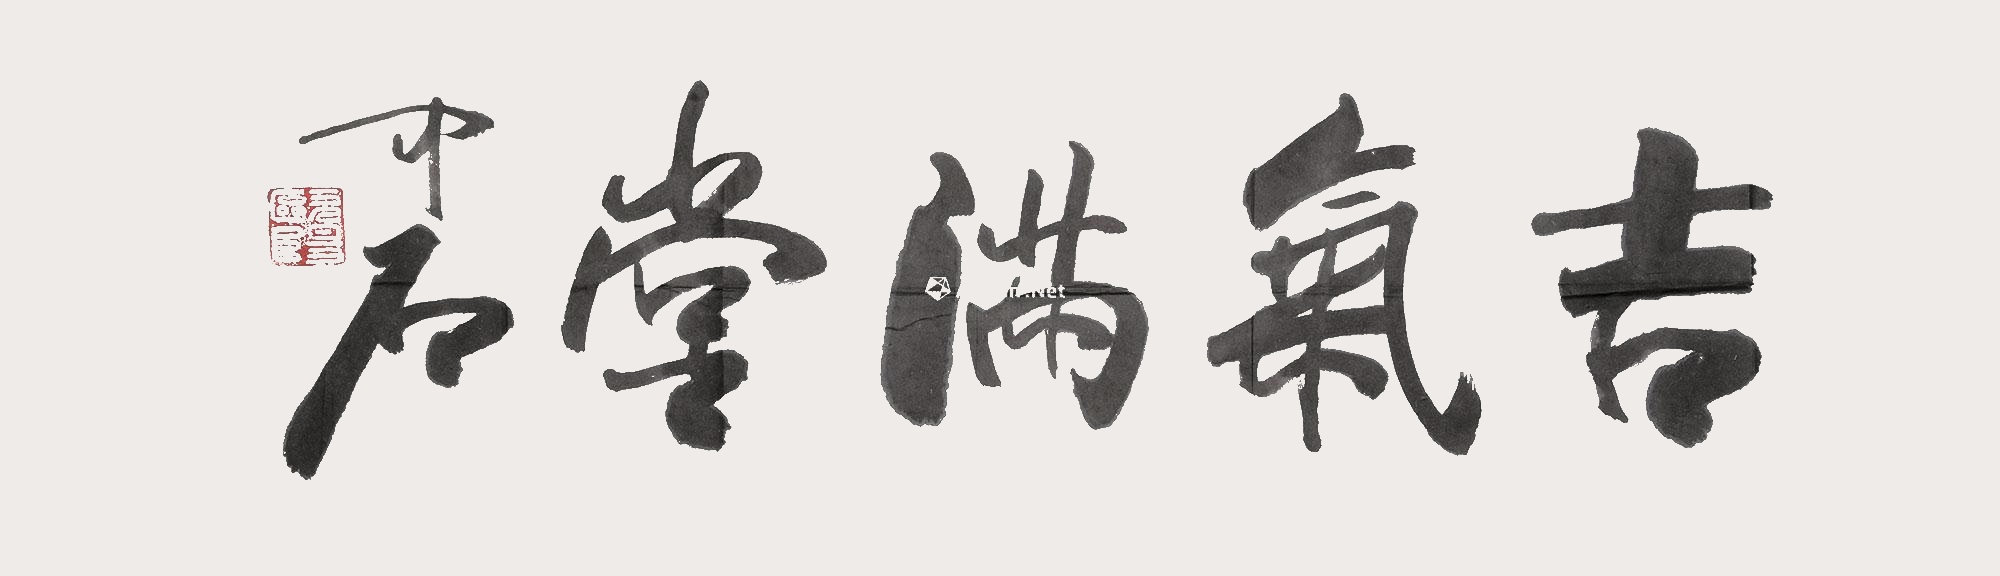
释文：吉气满堂中石。